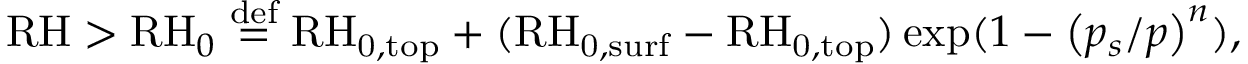
\mathrm { R H } > \mathrm { R H } _ { 0 } \stackrel { \mathrm { d e f } } { = } \mathrm { R H } _ { \mathrm { 0 , t o p } } + ( \mathrm { R H } _ { \mathrm { 0 , s u r f } } - \mathrm { R H } _ { \mathrm { 0 , t o p } } ) \exp ( 1 - \left( p _ { s } / p \right) ^ { n } ) ,